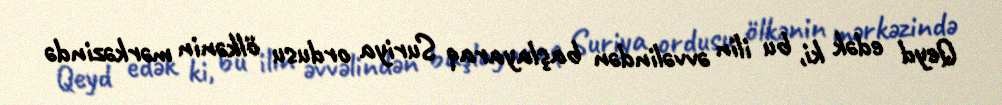
Qeyd edək ki, bu ilin əvvəlindən başlayaraq Suriya ordusu ölkənin mərkəzində